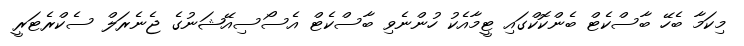
މިކަމާ ބެހޭ ބާސްކެޓް ބެންކޮކްގައި ޓީމާއެކު ހުންނެވި ބާސްކެޓް އެސޯސިއޭޝަނުގެ ޖެނެރަލް ސެކްރެޓަރީ